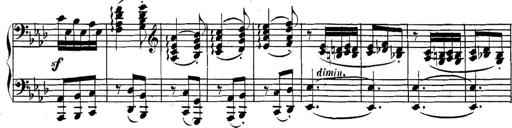
Title: Collected Piano Sonatas
Composer: Muzio Clementi